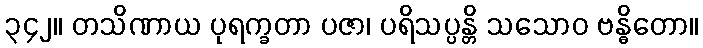
၃၄၂။ တသိဏာယ ပုရက္ခတာ ပဇာ၊ ပရိသပ္ပန္တိ သသောဝ ဗန္ဓိတော။